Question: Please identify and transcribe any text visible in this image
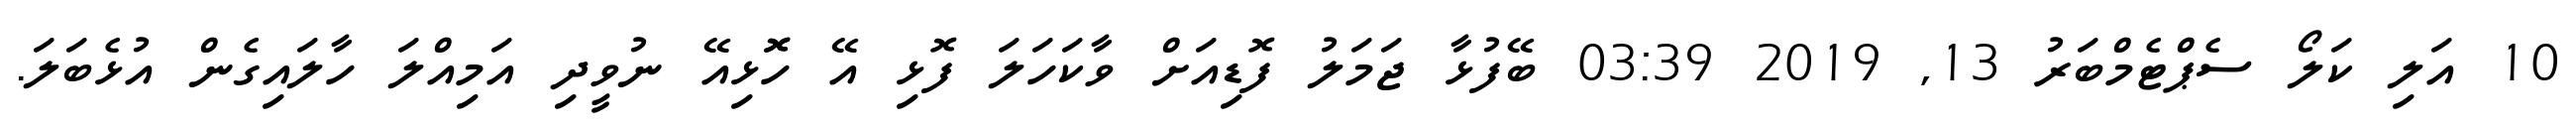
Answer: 10 އަލި ކަލޯ ސެޕްޓެމްބަރު 13, 2019 03:39 ބޭފުޅާ ޖަމަލު ފޮޑިއަށް ވާކަހަލަ ފޮޅި އޭ ހޮޮޅިއޭ ނުވީދި އަމިއްލަ ހާލައިގެން އުޅެބަލަ.